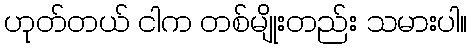
ဟုတ်တယ် ငါက တစ်မျိုးတည်း သမားပါ။